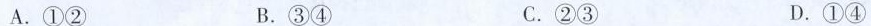
A.①② B.③④ C.②③ D.①④